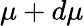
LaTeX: \mu+d\mu